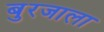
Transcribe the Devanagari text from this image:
बुरजाला